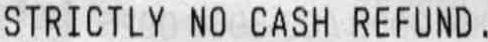
STRICTLY NO CASH REFUND.